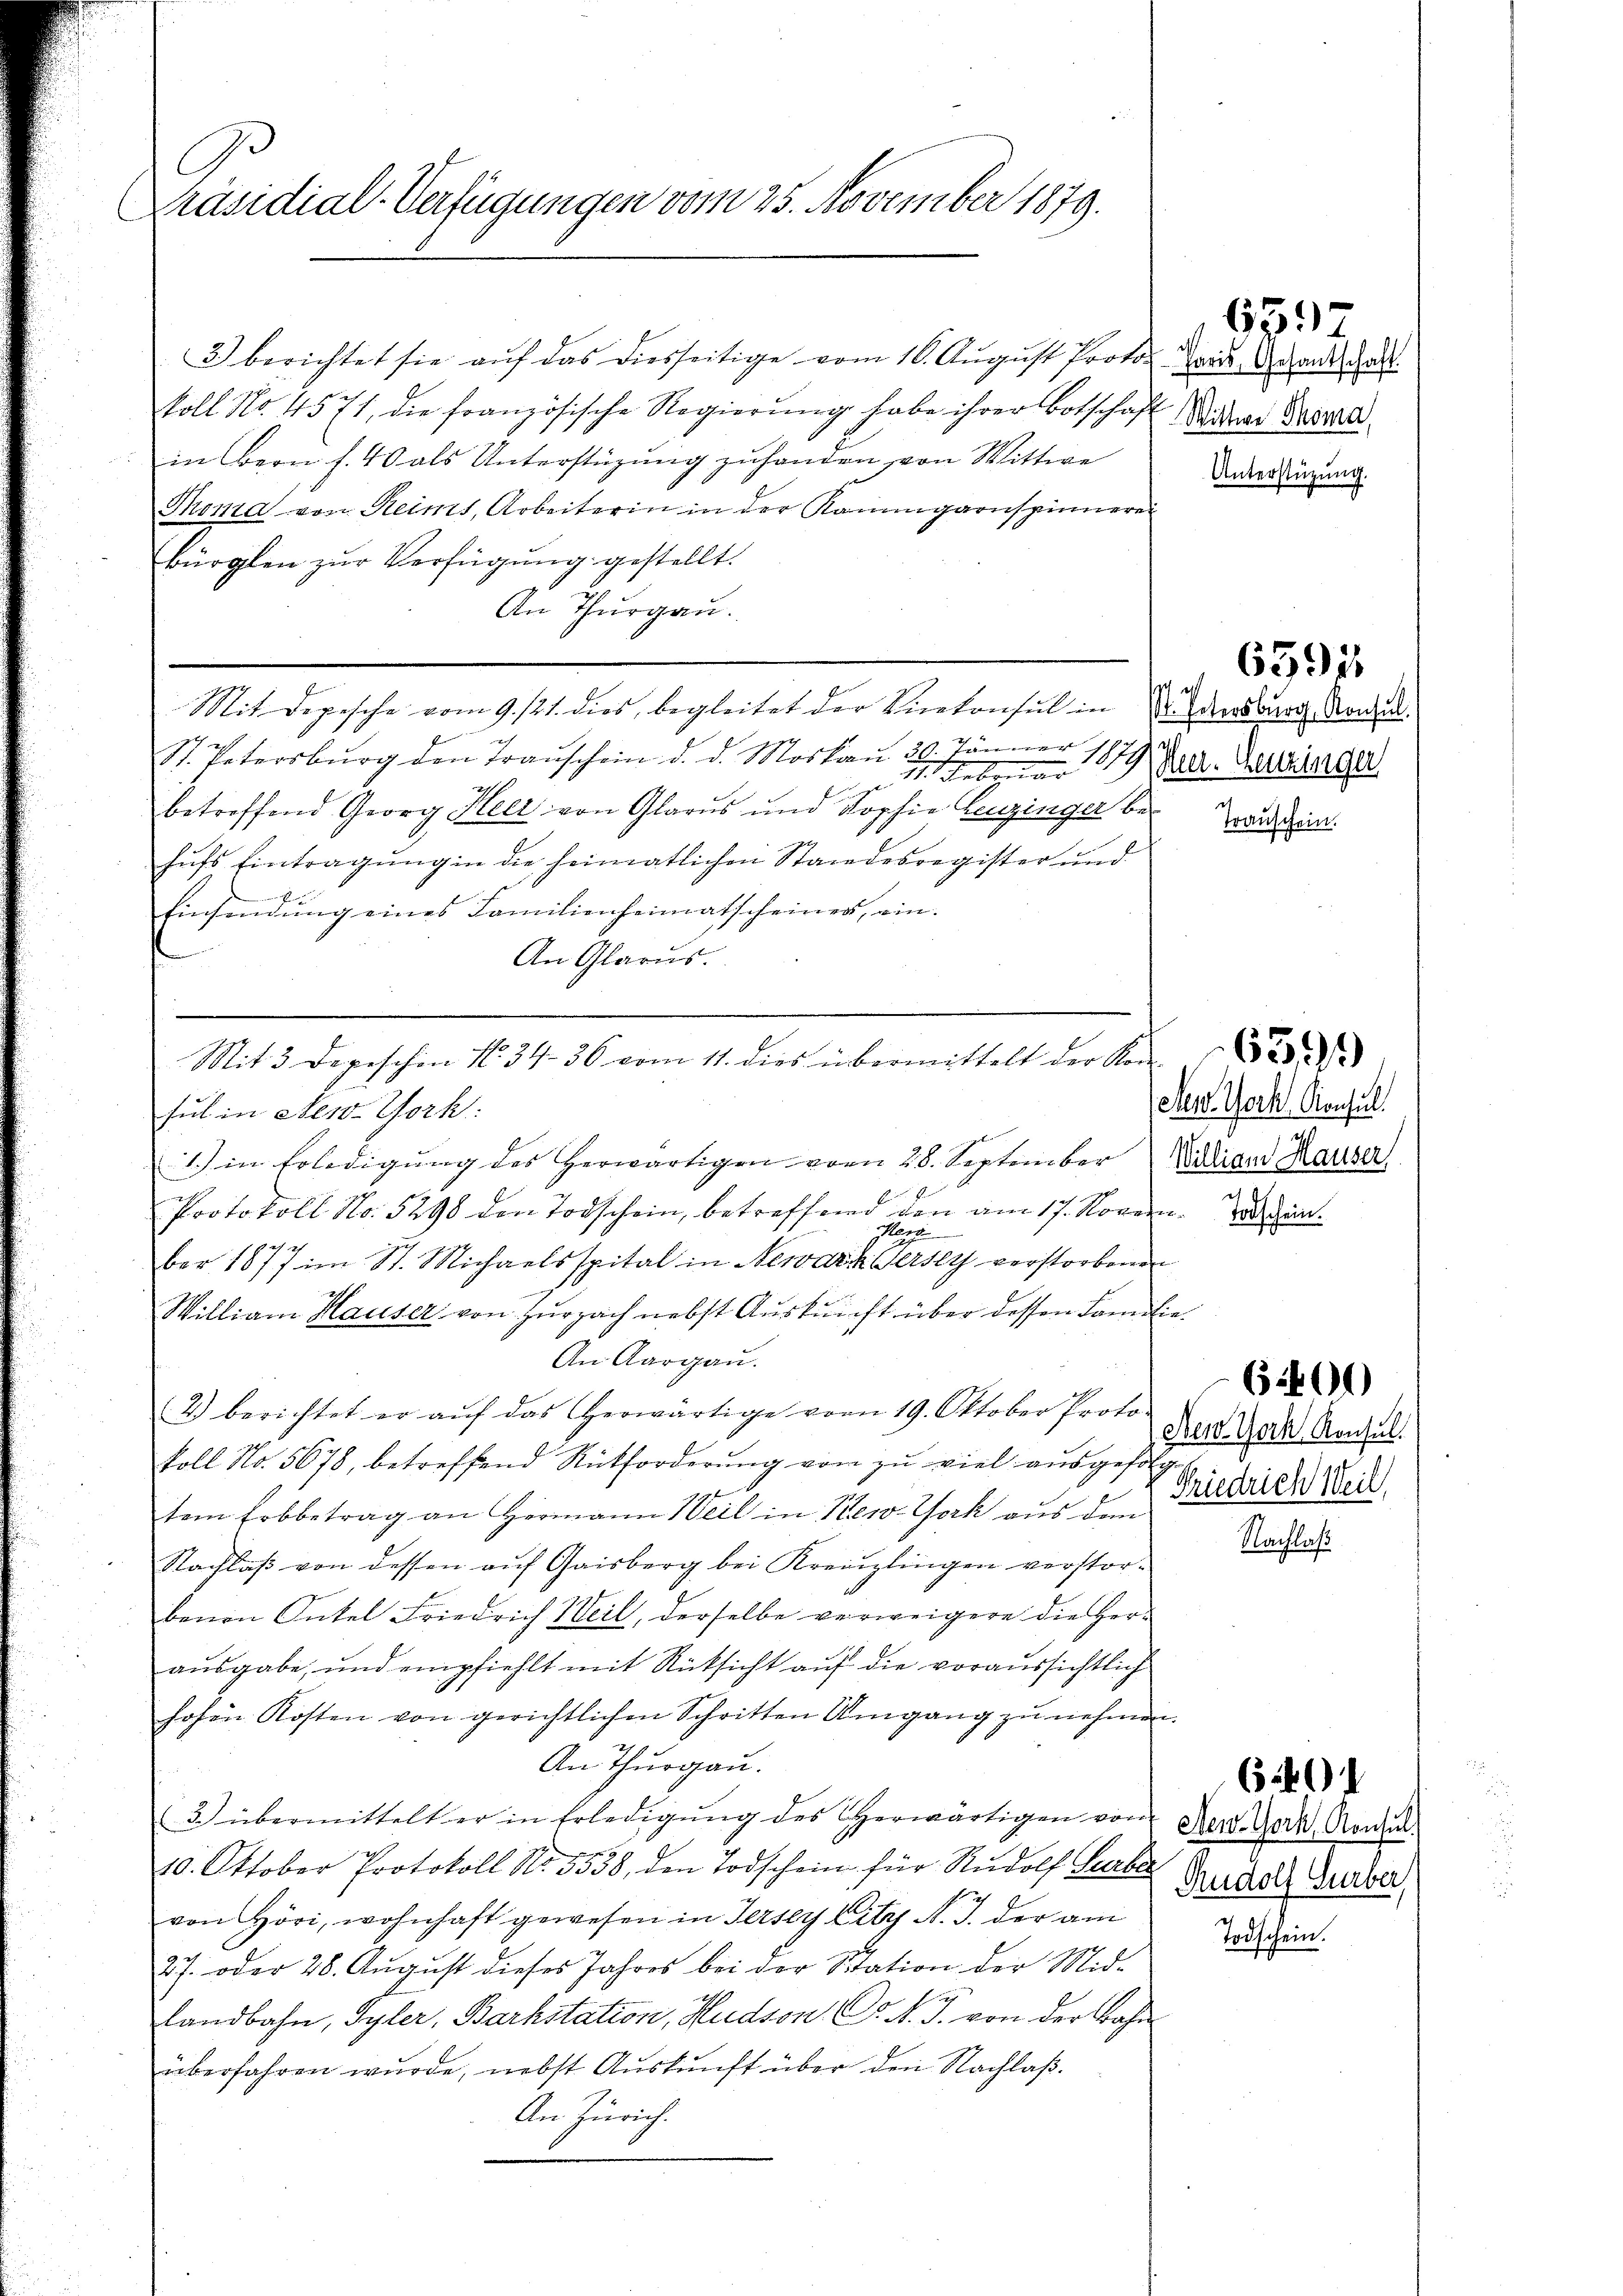
Präsidial-Verfügungen vom 25. November 1879.

3) berichtet sie aŭf das diesseitige vom 16. August Protos ande Gesandte Gatt
koll No. 45 71, die französische Regierung habe ihrer Botschafin Bern f. 40 als Unterstüzung zuhanden von Wittwe
Thoma von Reims, Arbeiterin in der Kaumgarnspinnere
Bürglen zur Verfügung gestellt.
An Thurgau.
Mit Depesche vom 9. 121. dies, begleitet der Vicekonsul in
St. Petersburg den Traŭschein d. d. Moskau 20. Jänner
1
p. 1. Februar
2
betreffend Georg Heer von Glarus und Sophie Leuzinger be-
hŭfs Eintragŭng in die heimatlichen Standesregister und

Einsendung eines Familienheimatscheines, ein-
An Glarus.
sul in New-York
1.) in Erledigŭng des Herwärtigen vom 28. September
Protokoll No. 5298 den Todschein, betreffend den am 17. Nover
Plage
n
ber 1877 im St. Michaelsspital in Newark ersey verstorbene
William Hauser von Zurzach nebst Auskunft über dessen Bann
An Aargau.
2.) berichtet er aŭf das herwärtige vom 19. Oktober Proto-
koll No. 5678, betreffend Rückforderung von zu viel ausgefor
tem Erbbetrag an Hermann Weil in New-York aus dem
Nachlaß von dessen auf Gaisberg bei Kreuzlingen verstorbenen Intel Friedrich Weil, derselbe verweigere die Herausgabe, und empfiehlt mit Rücksicht auf die voraussichtlich
hohen Kosten von gerichtlichen Schritten Umgang zu nehmen
An Thurgau.
3. übermittelt er in Erledigŭng des erwärtigen von
1
10. Oktober Protokoll No. 3330, den Todschein für Rudolf Surbe
von Höri, wohnhaft gewesen in Fersey Lily N. J. der am
27. oder 28. August dieses Jahres bei der Station der Mid¬
Landbahn, Tyler, Barkstation, Hudson C. M. J. von der Bahn
überfahren wurde, nebst Auskunft über den Nachlaβ.
An Zürich.

Mit 3 Depeschen No. 34. 36 vom 11. dies übermittelt der Kon-

659)

E Wittwe Thoma
Unterstüzung.

gunstern

4fr
.
b

e
st. Entersburg, Konsul
Heer. Henzinger

6591

Trauschein.

New York Consul
2.
William Hauser,

6399

Todschein.

Sew York Konsul
Friedrich Weil

6400

Nachlaß

New York, Konsul
Rudolf Surber,

6401

Todschein.